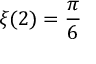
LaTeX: \xi ( 2 ) = { \frac { \pi } { 6 } }